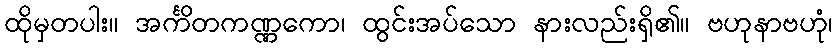
ထိုမှတပါး။ အင်္ကိတကဏ္ဏကော၊ ထွင်းအပ်သော နားလည်းရှိ၏။ ဗဟုနာဗဟုံ၊